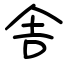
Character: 舎